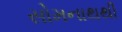
સોમનાથથી